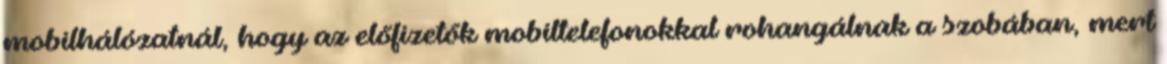
mobilhálózatnál, hogy az előfizetők mobiltelefonokkal rohangálnak a szobában, mert